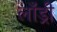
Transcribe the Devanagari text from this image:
लाँड्री